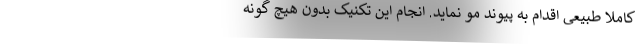
کاملا طبیعی اقدام به پیوند مو نماید. انجام این تکنیک بدون هیچ گونه